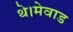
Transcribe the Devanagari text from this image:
थे।मेवाड